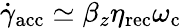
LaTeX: \dot{\gamma}_{\mathrm{acc}}\simeq\beta_{z}\eta_{\mathrm{rec}}\omega_{\mathrm{c}}